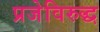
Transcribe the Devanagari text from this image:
प्रजेविरुद्ध